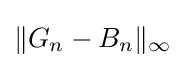
\|G_{n}-B_{n}\|_{\infty }